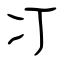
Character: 㓅